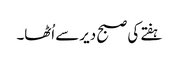
ہفتے کی صبح دیرسے اُٹھا۔